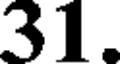
31.